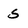
Character: s